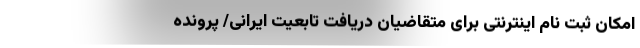
امکان ثبت نام اینترنتی برای متقاضیان دریافت تابعیت ایرانی/ پرونده